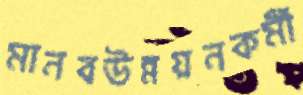
মানবউন্নয়নকর্মী